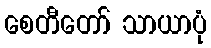
စေတီတော် သာယာပုံ